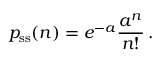
p _ { \mathrm { s s } } ( n ) = e ^ { - a } \frac { a ^ { n } } { n ! } \, .